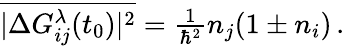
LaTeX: \begin{array}{r}{\overline{{|\Delta G_{ij}^{\lambda}(t_{0})|^{2}}}=\frac{1}{\hbar^{2}}n_{j}(1\pm n_{i})\, .}\end{array}